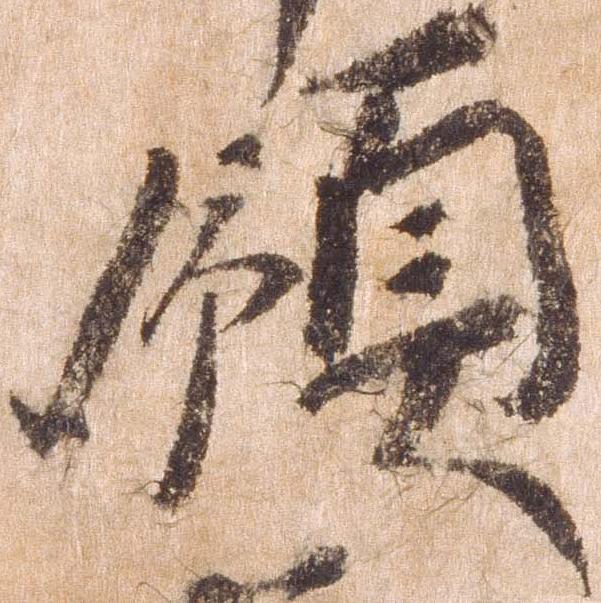
領